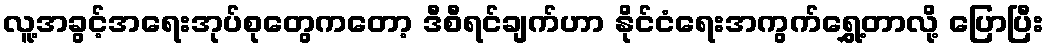
လူ့အခွင့်အရေးအုပ်စုတွေကတော့ ဒီစီရင်ချက်ဟာ နိုင်ငံရေးအကွက်ရွှေ့တာလို့ ပြောပြီး